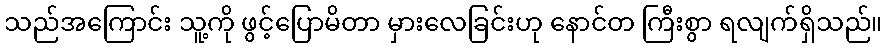
သည်အကြောင်း သူ့ကို ဖွင့်ပြောမိတာ မှားလေခြင်းဟု နောင်တ ကြီးစွာ ရလျက်ရှိသည်။